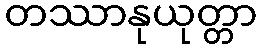
တဿာနုယုတ္တာ